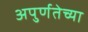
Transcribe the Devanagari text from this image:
अपुर्णतेच्या